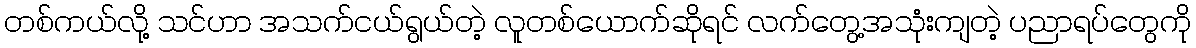
တစ်ကယ်လို့ သင်ဟာ အသက်ငယ်ရွယ်တဲ့ လူတစ်ယောက်ဆိုရင် လက်တွေ့အသုံးကျတဲ့ ပညာရပ်တွေကို